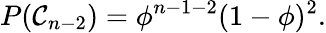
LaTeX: P(\mathcal C_{n-2})=\phi^{n-1-2}(1-\phi)^{2}.